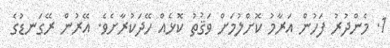
1. މެންދުރު ފަހުން އަރާމު ކޮށްލުމަށް ވަޤުތު ކޮޅެއް ހޭދަކުރާށެވެ. އޭރުން ރޭގަނޑުގެ